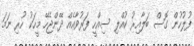
ފުލުހުން ގޮސް ބަލާއިރު ކުއްލި ސިއްހީ ފަރުވާއެއް ދޭންޖެހޭ މީހަކު ހުރި ނަމަ